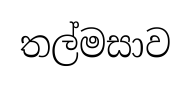
තල්මසාව